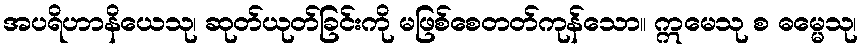
အပရိဟာနိယေသု၊ ဆုတ်ယုတ်ခြင်းကို မဖြစ်စေတတ်ကုန်သော။ ဣမေသု စ ဓမ္မေသု၊